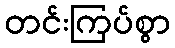
တင်းကြပ်စွာ